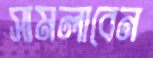
সামলাবেন